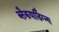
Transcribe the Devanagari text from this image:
ब्लैकयार्डिंग्न्स